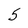
Character: 5